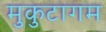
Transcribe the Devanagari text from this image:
मुकुटागम